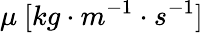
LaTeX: \mu\ [kg\cdot m^{-1}\cdot s^{-1}]